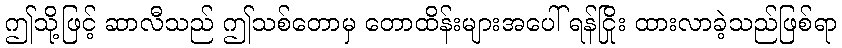
ဤသို့ဖြင့် ဆာလီသည် ဤသစ်တောမှ တောထိန်းများအပေါ် ရန်ငြိုး ထားလာခဲ့သည်ဖြစ်ရာ